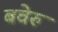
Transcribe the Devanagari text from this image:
बवेरु